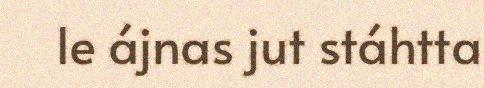
le ájnas jut stáhtta